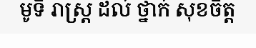
មូទី រាស្ត្រ ដល់ ថ្នាក់ សុខចិត្ត